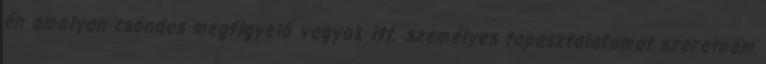
én amolyan csöndes megfigyelő vagyok itt. személyes tapasztalatomat szeretném